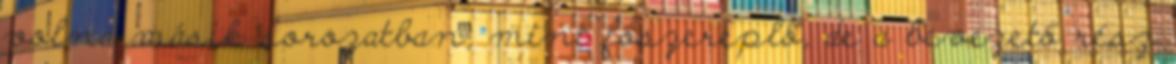
volna másik sorozatban, mint főszereplő, de a bevezető rész